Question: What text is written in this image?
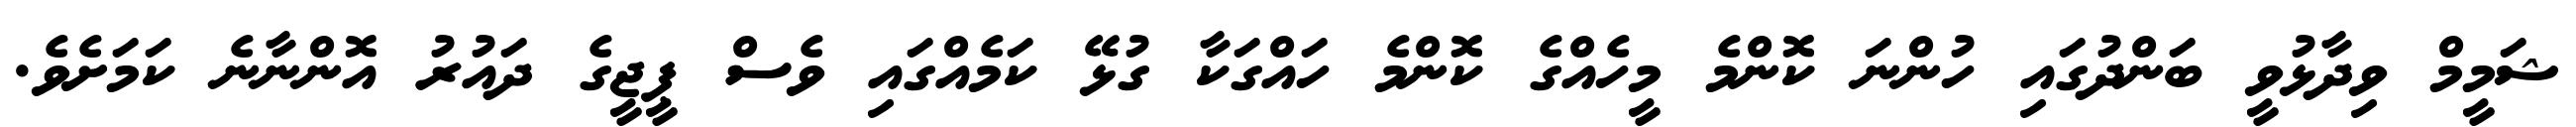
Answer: ޝަމީމް ވިދާޅުވީ ބަންދުގައި ހުންނަ ކޮންމެ މީހެއްގެ ކޮންމެ ހައްގަކާ ގުޅޭ ކަމެއްގައި ވެސް ޕީޖީގެ ދައުރު އޮންނާނެ ކަމަށެވެ.